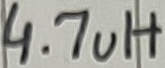
Text: 4.7uH